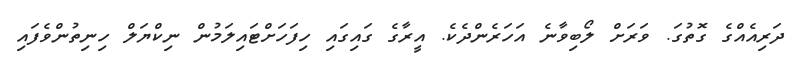
ދަރިއެއްގެ ގޮތުގަ. ވަރަށް ލޯބިވާނެ އަހަރެންދެކެ. އީރާގެ ގައިގައި ހިފަހަށްޓައިލަމުން ނިކްޔަލް ހިނިތުންވެފައި